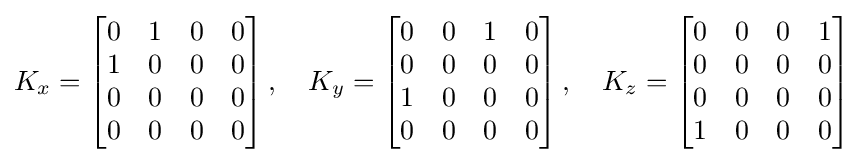
K_{x}={\begin{bmatrix}0&1&0&0\\1&0&0&0\\0&0&0&0\\0&0&0&0\\\end{bmatrix}}\,,\quad K_{y}={\begin{bmatrix}0&0&1&0\\0&0&0&0\\1&0&0&0\\0&0&0&0\end{bmatrix}}\,,\quad K_{z}={\begin{bmatrix}0&0&0&1\\0&0&0&0\\0&0&0&0\\1&0&0&0\end{bmatrix}}